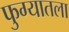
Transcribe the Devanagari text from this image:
फुग्यातला